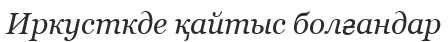
Иркусткде қайтыс болғандар